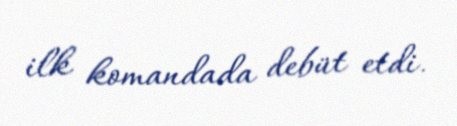
ilk komandada debüt etdi.